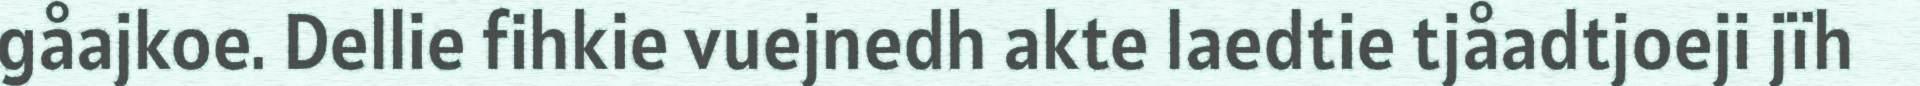
gåajkoe. Dellie fihkie vuejnedh akte laedtie tjåadtjoeji jïh